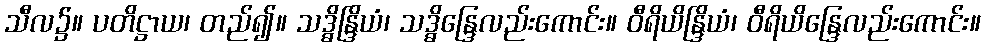
သီလ၌။ ပတိဋ္ဌာယ၊ တည်၍။ သဒ္ဓိန္ဒြိယံ၊ သဒ္ဓိန္ဒြေလည်းကောင်း။ ဝီရိယိန္ဒြိယံ၊ ဝီရိယိန္ဒြေလည်းကောင်း။